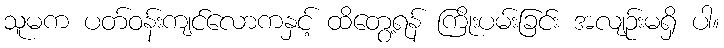
သူမက ပတ်ဝန်းကျင်လောကနှင့် ထိတွေ့ရန် ကြိုးပမ်းခြင်း အလျဉ်းမရှိ ပါ။